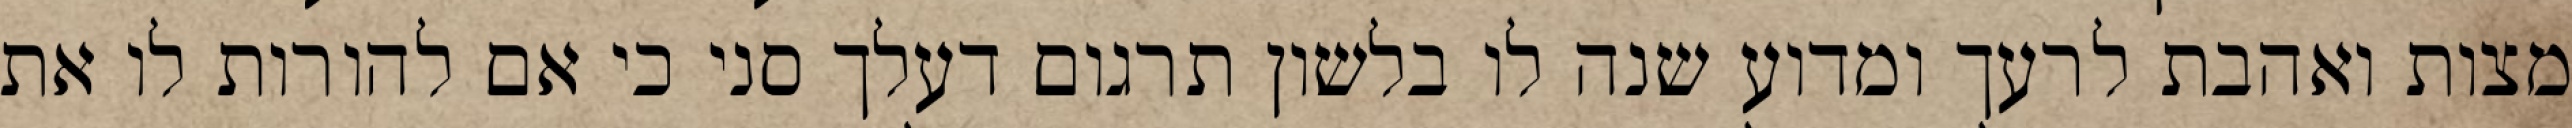
מצות ואהבת לרעך ומדוע שנה לו בלשון תרגום דעלך סני כי אם להורות לו את